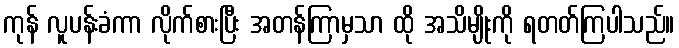
ကုန် လူပန်းခံကာ လိုက်စားပြီး အတန်ကြာမှသာ ထို အသိမျိုးကို ရတတ်ကြပါသည်။